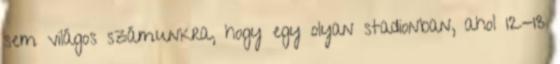
sem világos számunkra, hogy egy olyan stadionban, ahol 12-13